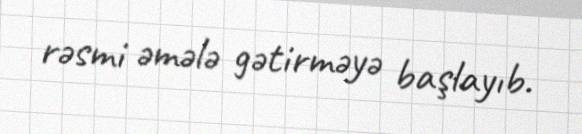
rəsmi əmələ gətirməyə başlayıb.